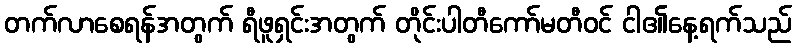
တက်လာစေရန်အတွက် ရီဖူရှင်းအတွက် တိုင်းပါတီကော်မတီဝင် ငါ၏နေ့ရက်သည်